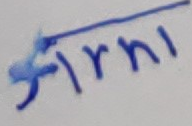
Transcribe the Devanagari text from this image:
सिरनि